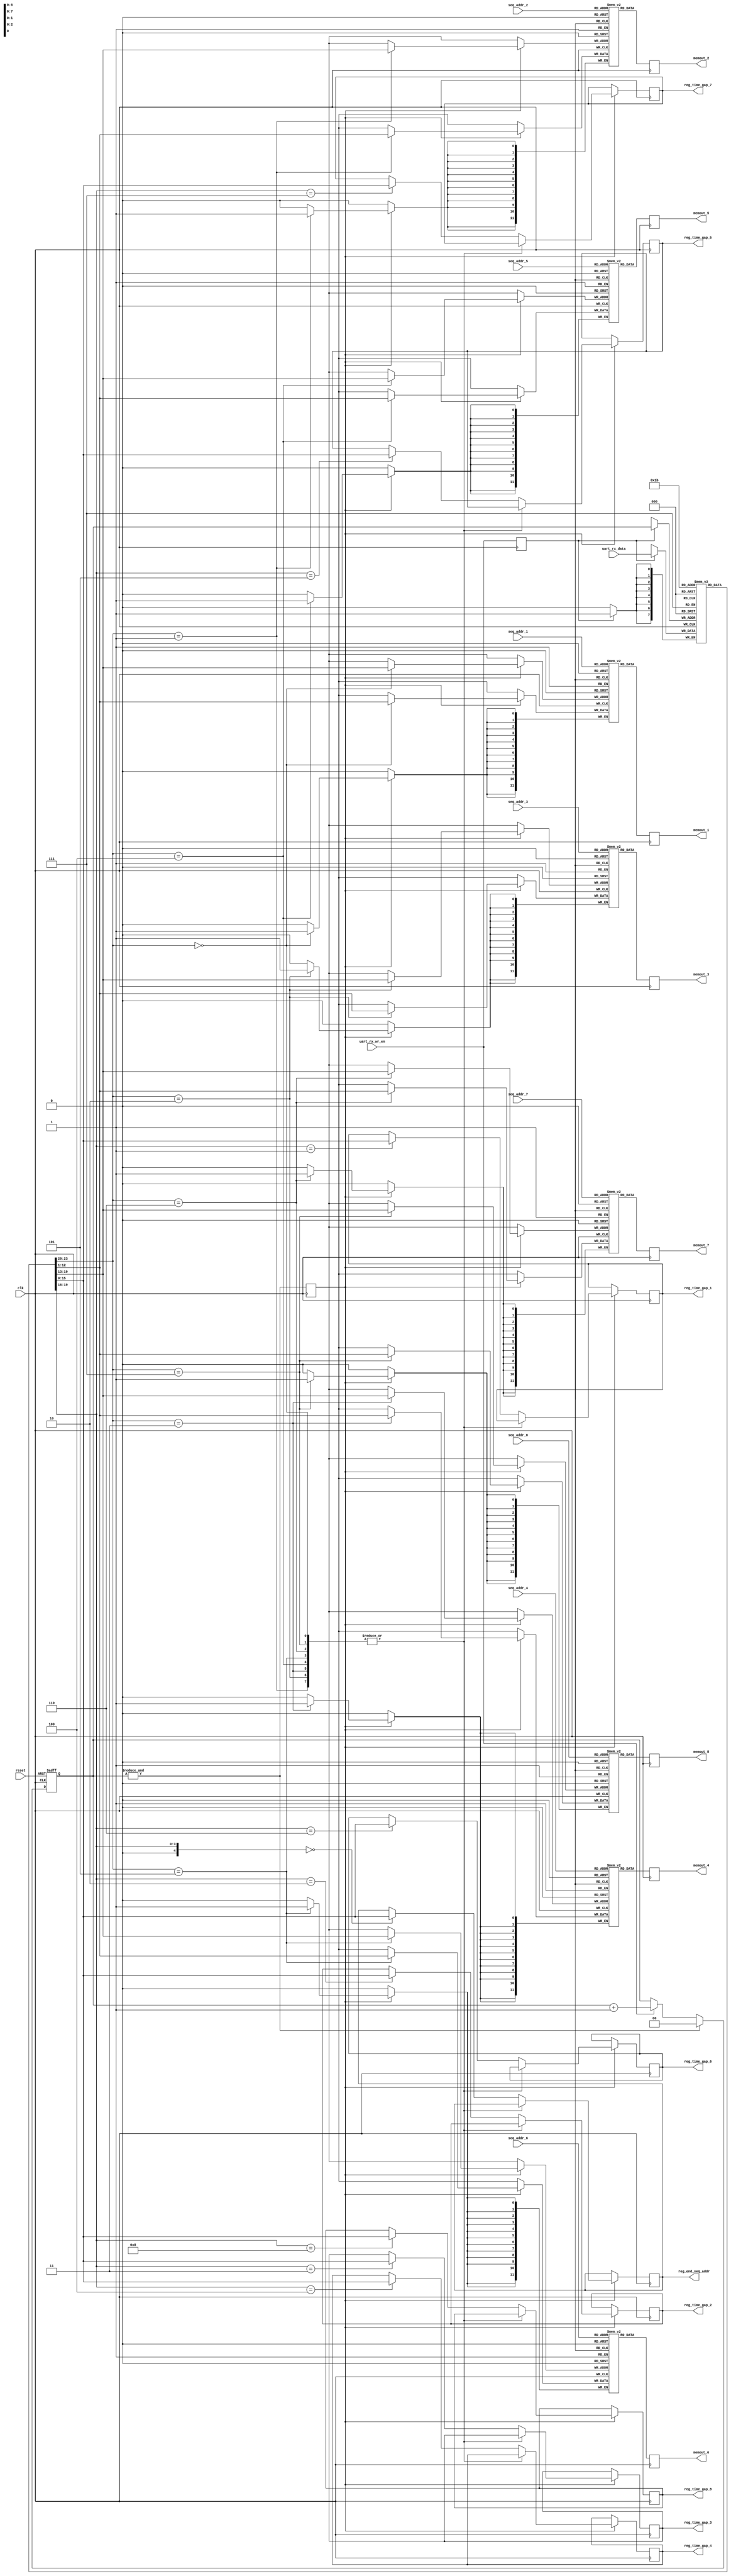
`timescale 1ns / 1ps
//memory space
//needs 3 consecutive UART writes before writing is actually triggered

//1st UART WRITE:[1bit regspace/BRAM select, 3bit BRAM select, 4bit address MSB]
//2nd UART WRITE:[3bit address LSB, 5bit data MSB]
//3rd UART WRITE:[7bit data LSB, 1bit unused]
module memory_space
  (
   input 	     clk,
   input 	     reset,
   input 	     uart_rx_wr_en,
   input [7:0] 	     uart_rx_data,


   input [6:0] 	     seq_addr_1, //all memory has shared address at 2nd port
   input [6:0] 	     seq_addr_2,
   input [6:0] 	     seq_addr_3,
   input [6:0] 	     seq_addr_4,
   input [6:0] 	     seq_addr_5,
   input [6:0] 	     seq_addr_6,
   input [6:0] 	     seq_addr_7,
   input [6:0] 	     seq_addr_8,
   
   output reg [11:0] memout_1,
   output reg [11:0] memout_2,
   output reg [11:0] memout_3,
   output reg [11:0] memout_4,
   output reg [11:0] memout_5,
   output reg [11:0] memout_6,
   output reg [11:0] memout_7,
   output reg [11:0] memout_8,

   //register space

   output reg [15:0] reg_end_seq_addr = 12'd0,
   output reg [15:0] reg_time_gap_1 = 12'd10,
   output reg [15:0] reg_time_gap_2 = 12'd10,
   output reg [15:0] reg_time_gap_3 = 12'd10,
   output reg [15:0] reg_time_gap_4 = 12'd10,
   output reg [15:0] reg_time_gap_5 = 12'd10,
   output reg [15:0] reg_time_gap_6 = 12'd10,
   output reg [15:0] reg_time_gap_7 = 12'd10,
   output reg [15:0] reg_time_gap_8 = 12'd10
   

  );

reg [11:0] 	 memarray_1[0:127];
reg [11:0] 	 memarray_2[0:127];
reg [11:0] 	 memarray_3[0:127];
reg [11:0] 	 memarray_4[0:127];
reg [11:0] 	 memarray_5[0:127];
reg [11:0] 	 memarray_6[0:127];
reg [11:0] 	 memarray_7[0:127];
reg [11:0] 	 memarray_8[0:127];

reg [1:0] 	 uart_rx_cnt = 2'b00;
  
reg 		 wr_data = 1'b0;
  
//reg 		     reg_space_sel = 1'b0;
//reg [2:0] 	 mem_sel = 3'd0;
//reg [6:0] 	 addr = 7'd0;
//reg [11:0]  data = 12'd0;
reg 		     uart_rx_wr_en_d = 1'b0;
reg [7:0]       input_bytes[0:3];

// For BRAM:
//1+3+7+12 = 23
//1st UART WRITE:[1bit regspace/BRAM select, 3bit BRAM select, 4bit address MSB]
//2nd UART WRITE:[3bit address LSB, 5bit data MSB]
//3rd UART WRITE:[7bit data LSB, 1bit unused]
// For registers:
// 1+3+4+16 = 24
//1st UART WRITE:[1bit regspace/BRAM select, 3bit BRAM select(unused), 4bit address MSB]
//2nd UART WRITE:[8bit data MSB]
//3rd UART WRITE:[8bit data LSB]
always@(posedge clk)
  wr_data <= &uart_rx_cnt;
  
// Write counter FSM - tracks what part of the UART write we're receiving
always@(posedge clk or posedge reset)
  if(reset)
    uart_rx_cnt <= 2'b00;	
  else if(&uart_rx_cnt)
    uart_rx_cnt <= 2'b00;	
  else if(uart_rx_wr_en)
    uart_rx_cnt <= uart_rx_cnt + 1'b1;

always@(posedge clk)
  uart_rx_wr_en_d <= uart_rx_wr_en;
  

// Input data processing - puts UART data into appropriate registers
always@(posedge clk)
    if(uart_rx_wr_en_d)
        input_bytes[uart_rx_cnt] <= uart_rx_data;

wire [2:0]  mem_sel;
assign mem_sel = input_bytes[1][6:4];
wire        reg_space_sel;
assign reg_space_sel = input_bytes[1][7];
wire [6:0]  addr_bram;
assign addr_bram = {input_bytes[1][3:0], input_bytes[2][7:5]};
wire [11:0] data_bram;
assign data_bram = {input_bytes[2][4:0], input_bytes[3][7:1]};
wire [4:0]  addr_reg;
assign addr_reg = input_bytes[1][3:0];
wire [15:0] data_reg;
assign data_reg = {input_bytes[2], input_bytes[3]};
  
// memupdate - move UART input registers to block RAM or register space
always@(posedge clk) begin
  if(wr_data) begin
	 case({reg_space_sel,mem_sel})
	   4'b0000:begin memarray_1[addr_bram] <= data_bram; end
	   4'b0001:begin memarray_2[addr_bram] <= data_bram; end 
	   4'b0010:begin memarray_3[addr_bram] <= data_bram; end
	   4'b0011:begin memarray_4[addr_bram] <= data_bram; end
	   4'b0100:begin memarray_5[addr_bram] <= data_bram; end	 
	   4'b0101:begin memarray_6[addr_bram] <= data_bram; end	   
	   4'b0110:begin memarray_7[addr_bram] <= data_bram; end	   
	   4'b0111:begin memarray_8[addr_bram] <= data_bram; end

	   //register space
	   default:begin   
	      case(addr_reg)
          7'd0: reg_end_seq_addr <= data_reg;
          7'd1: reg_time_gap_1     <= data_reg; //must be greater than 5 with current clock settings
          7'd2: reg_time_gap_2     <= data_reg;
          7'd3: reg_time_gap_3     <= data_reg;
          7'd4: reg_time_gap_4     <= data_reg;
          7'd5: reg_time_gap_5     <= data_reg;
          7'd6: reg_time_gap_6     <= data_reg;
          7'd7: reg_time_gap_7     <= data_reg;
          7'd8: reg_time_gap_8     <= data_reg;
          default: begin end
	      endcase // case (mem_addr)
	   end
	   
    endcase // case ({reg_space_sel,mem_sel})
  end // if (wr_data)

  memout_1 <= memarray_1[seq_addr_1]; 
  memout_2 <= memarray_2[seq_addr_2]; 
  memout_3 <= memarray_3[seq_addr_3]; 
  memout_4 <= memarray_4[seq_addr_4]; 
  memout_5 <= memarray_5[seq_addr_5]; 
  memout_6 <= memarray_6[seq_addr_6]; 
  memout_7 <= memarray_7[seq_addr_7]; 
  memout_8 <= memarray_8[seq_addr_8]; 
end // always@ (posedge clk) - memupdate

endmodule // memory_space